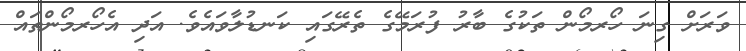
ވަރަށް ގިނަ ހޯރމޯން ތަކުގެ ބާރު ފުރަމޭގެ ތެރޭގައި ކަނޑުލާވައެވެ. އަދި އެހޯރމޯންތައް